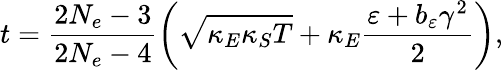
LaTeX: t=\frac{2N_{e}-3}{2N_{e}-4}\left(\sqrt{\kappa_{E}\kappa_{S}T}+\kappa_{E}\frac{\varepsilon+b_{\varepsilon}\gamma^{2}}{2}\right),